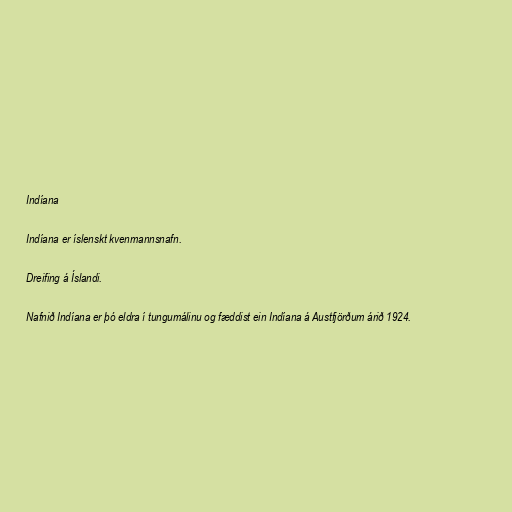
Indíana

Indíana er íslenskt kvenmannsnafn.

Dreifing á Íslandi.

Nafnið Indíana er þó eldra í tungumálinu og fæddist ein Indíana á Austfjörðum árið 1924.